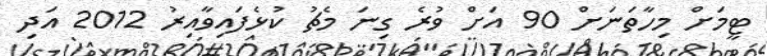
ޓީމަށް މިހާތަނަށް 90 އަށް ވުރެ ގިނަ މެޗު ކުޅެފައިވާއިރު 2012 އަދި